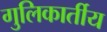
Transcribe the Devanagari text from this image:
गुलिकार्तीय